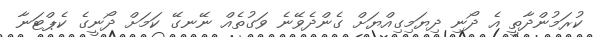
ކުރަމުންދާތީ އެ ދޯނި ދިޔަމިގިއްޔަށް ގެންދެވޭނެ ވަގުތެއް ނޭނގޭ ކަމަށް ދޯނީގެ ކެޕްޓަނާ